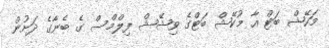
މަހޭޝް ބަޓް އާ މުކޭޝް ބަޓްގެ ވިޝޭޝް ފިލްމްސް ގެ ބެނާގެ ދަށުން